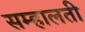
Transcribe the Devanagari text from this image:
सम्हालती